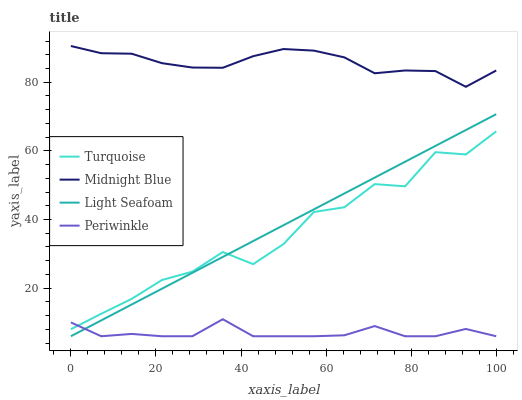
| xaxis_label | Turquoise | Midnight Blue | Light Seafoam | Periwinkle |
 | --- | --- | --- | --- | --- |
 | 0 | 8.05 | 90.5 | 6 | 10 |
 | 7.14 | 12.6 | 88.4 | 10.6 | 6 |
 | 14.3 | 16.9 | 88.3 | 15.2 | 6.68 |
 | 21.4 | 22.4 | 85.5 | 19.9 | 6 |
 | 28.6 | 24.8 | 84.3 | 24.5 | 6 |
 | 35.7 | 30.5 | 84.2 | 29.1 | 11 |
 | 42.9 | 27 | 87.6 | 33.7 | 6 |
 | 50 | 32.9 | 89.7 | 38.3 | 6 |
 | 57.1 | 42.2 | 89.2 | 43 | 6 |
 | 64.3 | 43.6 | 87.2 | 47.6 | 6.28 |
 | 71.4 | 50.3 | 82.6 | 52.2 | 8.97 |
 | 78.6 | 49.7 | 83.4 | 56.8 | 6 |
 | 85.7 | 59.6 | 83.2 | 61.4 | 6 |
 | 92.9 | 59 | 78.7 | 66.1 | 8.13 |
 | 100 | 65.7 | 83.4 | 70.7 | 6 |